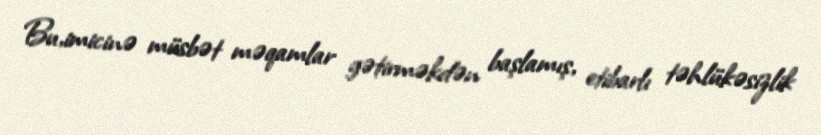
Bu,imicinə müsbət məqamlar gətirməkdən başlamış, etibarlı təhlükəsizlik